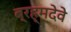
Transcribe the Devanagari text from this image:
ब्रह्मदेवे